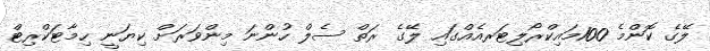
ލޭގެ ކޮންމެ 100މައިކްރޯލިޓަރއެއްގައި ލޭގެ ރަތް ސެލް ހުންނަ މިންވަރަށް ކިޔަނީ ހިމާޓަކްރިޓް